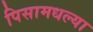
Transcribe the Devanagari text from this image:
पिसामधल्या